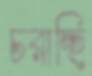
চরাচ্ছি